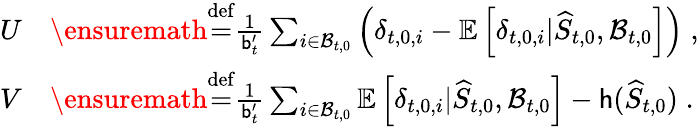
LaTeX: \begin{array}{rl}{U}&{\ensuremath{\stackrel{\mathrm{def}}{=}}\frac{1}{\mathsf{b}_{t}^{\prime}}\sum_{i\in\mathcal{B}_{t,0}}\left(\delta_{t,0,i}-\mathbb{E}\left[\delta_{t,0,i}\vert\widehat{S}_{t,0},\mathcal{B}_{t,0}\right]\right)\; ,}\\ {V}&{\ensuremath{\stackrel{\mathrm{def}}{=}}\frac{1}{\mathsf{b}_{t}^{\prime}}\sum_{i\in\mathcal{B}_{t,0}}\mathbb{E}\left[\delta_{t,0,i}\vert\widehat{S}_{t,0},\mathcal{B}_{t,0}\right]-\mathsf{h}(\widehat{S}_{t,0})\; .}\end{array}